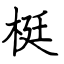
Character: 梃